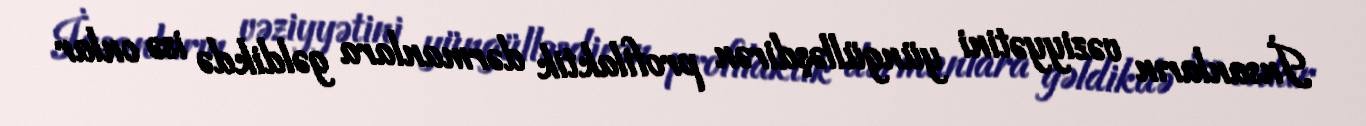
İnsanların vəziyyətini yüngülləşdirən profilaktik dərmanlara gəldikdə isə onlar